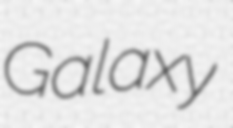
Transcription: Galaxy